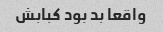
واقعا بد بود کبابش